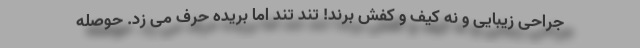
جراحی زیبایی و نه کیف و کفش برند! تند تند اما بریده حرف می زد. حوصله